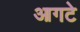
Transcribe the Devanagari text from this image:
आगटे